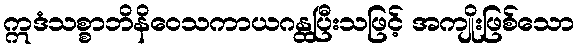
ဣဒံသစ္စာဘိနိဝေသကာယဂန္ထပြီးသဖြင့် အကျိုးဖြစ်သော